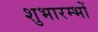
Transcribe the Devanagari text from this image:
शुभारम्भों